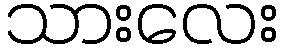
သားလေး